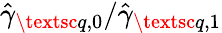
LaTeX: \hat{\gamma}_{\textsc{q},0}/\hat{\gamma}_{\textsc{q},1}